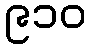
၉၁၀